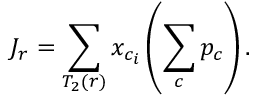
J _ { r } = \sum _ { T _ { 2 } ( r ) } x _ { c _ { i } } \left( \sum _ { c } p _ { c } \right) .